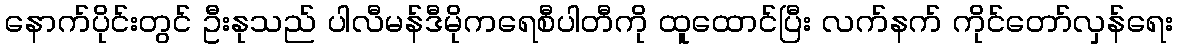
နောက်ပိုင်းတွင် ဦးနုသည် ပါလီမန်ဒီမိုကရေစီပါတီကို ထူထောင်ပြီး လက်နက် ကိုင်တော်လှန်ရေး